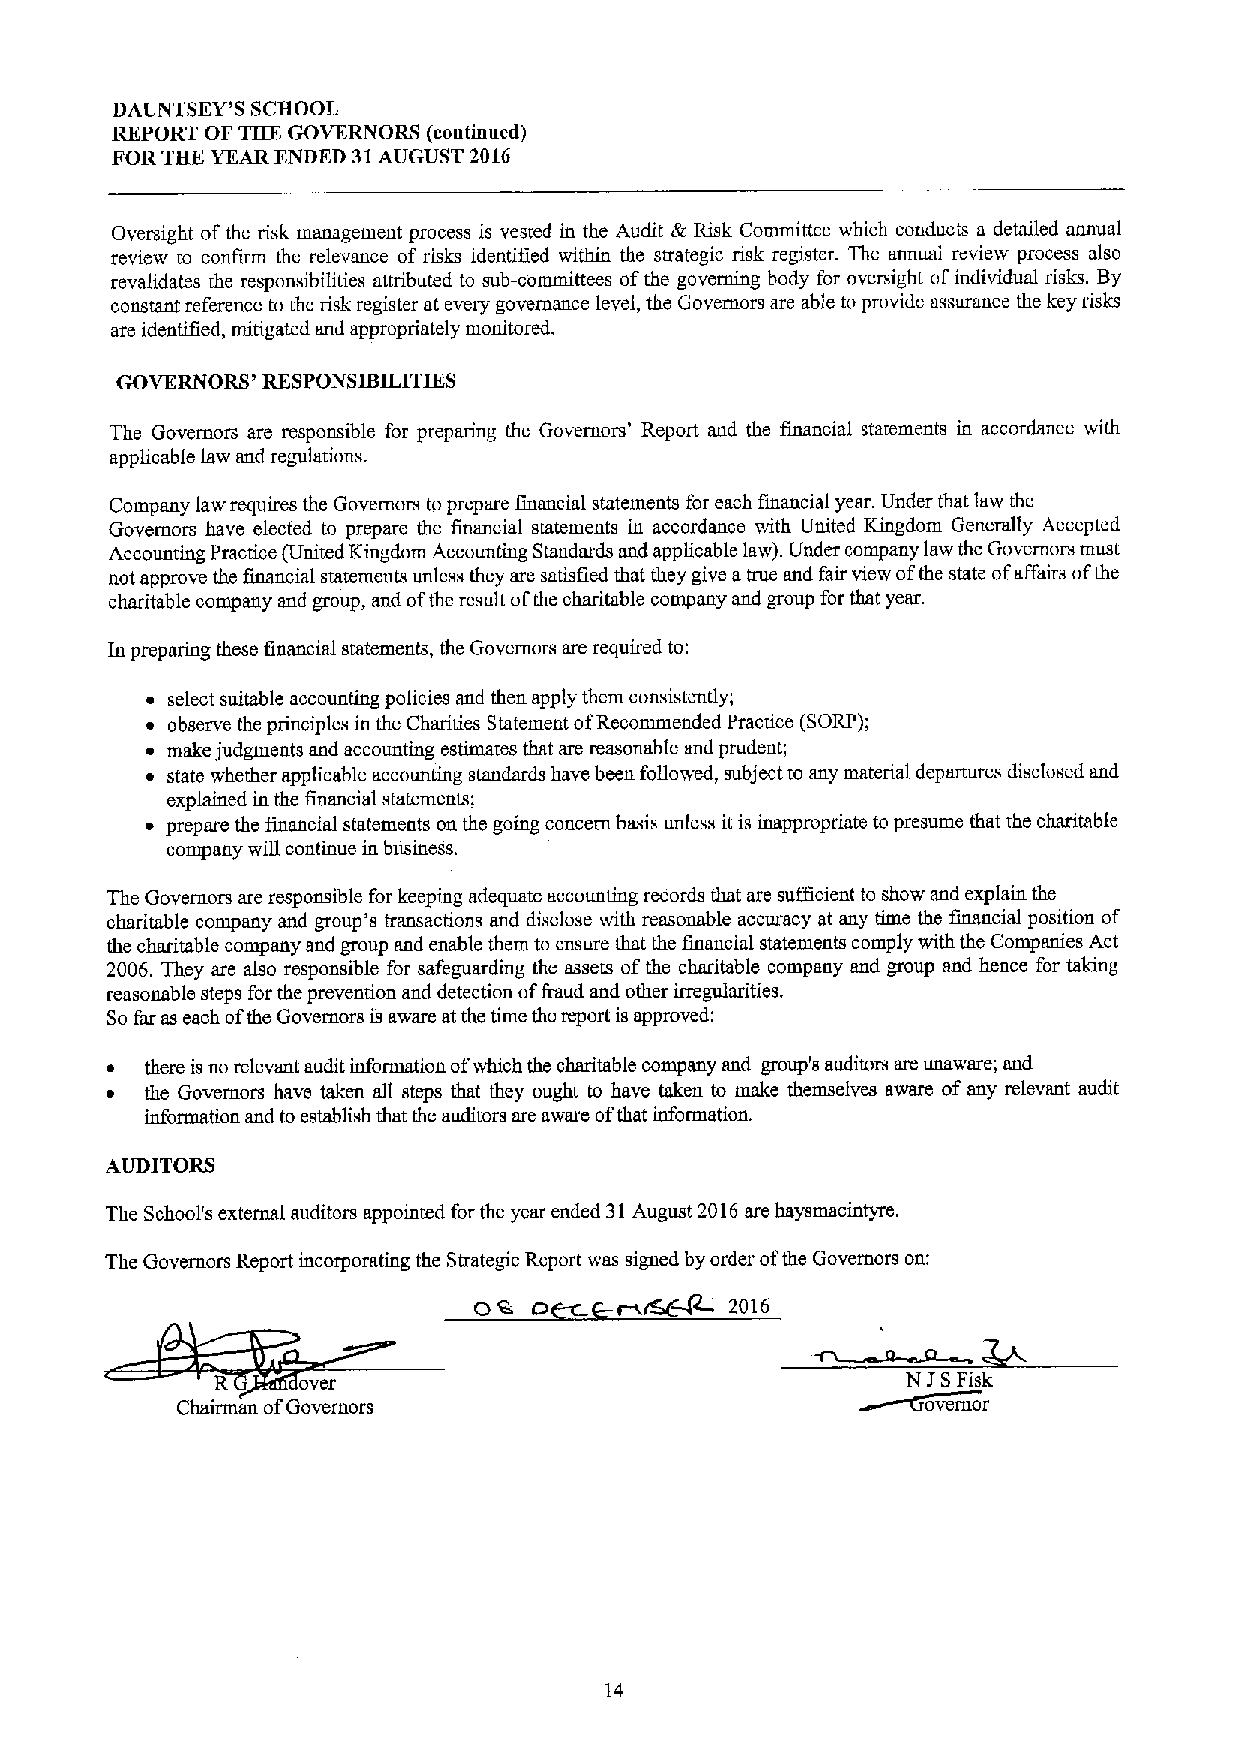
DAUNTSEY'S SCBOOL
 REPORT OF THE GOVERNORS (continued)
 FOR TBEYEAR ENDED 31AUGUST 2016
 Oversight of the risk management process is vested in the Audit &Risk Committee which conducts a denfiled annual
 review to confirm the relevance of risks identified within the strategic risk register. The annual review process also
 revalidates the responsibilities attributed to sub-committees ofthe goveruing body for oversight ofindividual risks. By
 constani reference to the risk register at every governance level, the Governors are able to provide assurance the key risks
 are identified, mitigated and appropriately monitored.
 GOVERNORS' RESPONSIBILITIES
 The Governors are responsible for preparing the Governors' Report aud the financial statements in accordance with
 applicable law and regulations.
 Company law requires the Governors to prepare financial statements for each financial year. Under that law the
 Governors have elected to prepare the financial statements in accordance with United Kingdom Generally Accepted
 Accounting Practice (United Kingdom Accounting Standards and applicable law). Under company law the Governors must
 not approve the financial statemeuts unless they are satisfied that they give atrue and fair view ofthe state ofaffairs ofthe
 charitable company and group, and ofthe result ofthe charitable company and group for that year.
 ln preparing these financial statements, the Governors are required to:
 ~ select suitable accounting policies and then apply them consistently, '
 ~ observe the principles in the Charities Statement ofRecommended Practice (SORP);
 ~ make judgments and accounting estimates that are reasonable and prudent;
 ~ state whether applicable accounting standards have been followed, subject to any matetial departures disclosed and
 explained in the financial statements;
 ~ prepare the financial statements on the going concern basis unless it is inappropriate to presume that the charitable
 company will continue in business.
 The Governors are responsible for keeping adequate accounting records that are sufficient to show and explain the
 charitable company and group's transactions and disclose with reasonable accuracy at any time the financial position of
 the charitable company and group and enable them to ensure that the financial statements comply with the Companies Act
 2006. They are also responsible for safeguarding the assets ofthe charitable company and group and hence for taking
 reasonable steps for the prevention and detection offiuud and other irregularities.
 Sofar as each ofthe Governors is aware at the time the report is approved:
 ~  there is no relevant audit information ofwhich the charitable company and group's auditors are unaware; and
 ~  the Governors have taken all steps that they ought to have taken to make themselves aware of any relevant audit
 information and to establish that the auditors are aware ofthat information.
 AUDITORS
 The School's external auditors appointed for the year ended 31August 2016are haysmacintyre.
 The Governors Report incorporating the Strategic Report was signed by order ofthe Governors on:
 OS. o     r xr6&lZ 2016
 I
 R     over                                    N SFisk
 Chairman ofGovernors                             ovemor
 14